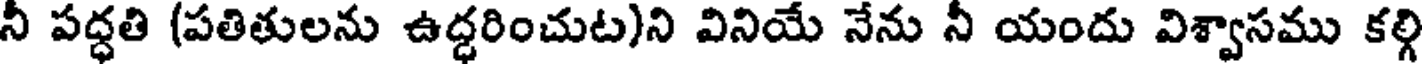
నీ పద్ధతి (పతితులను ఉద్ధరించుట)ని వినియే నేను నీ యందు విశ్వాసము కల్గ